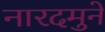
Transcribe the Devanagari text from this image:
नारदमुने